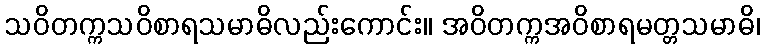
သဝိတက္ကသဝိစာရသမာဓိလည်းကောင်း။ အဝိတက္ကအဝိစာရမတ္တသမာဓိ၊